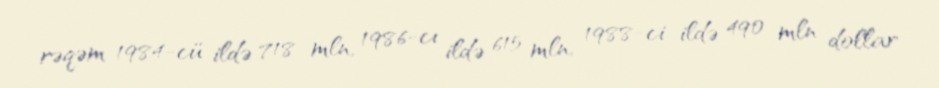
rəqəm 1984-cü ildə 718 mln, 1986-cı ildə 615 mln, 1988-ci ildə 490 mln dollar